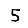
Digit: 5